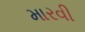
મારવી